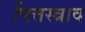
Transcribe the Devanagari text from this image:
पित्तस्त्राव